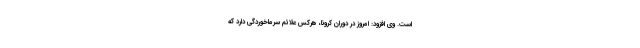
است. وی افزود: امروز در دوران کرونا، هرکس علائم سرماخوردگی دارد که